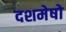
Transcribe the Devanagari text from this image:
दशमेषो